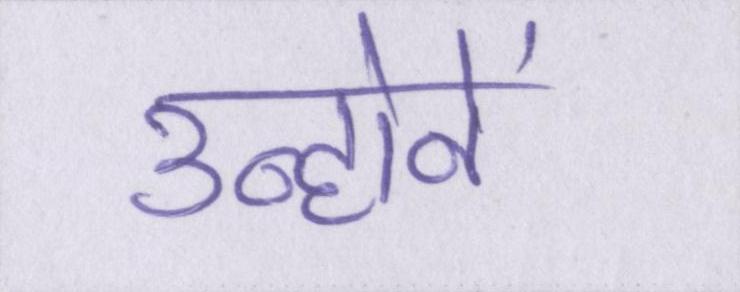
उन्होनें